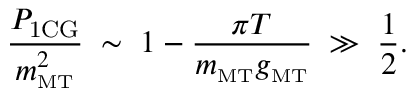
\frac { P _ { \mathrm { 1 C G } } } { m _ { \mathrm { \scriptscriptstyle { M T } } } ^ { 2 } } \; \sim \; 1 - \frac { \pi T } { m _ { \mathrm { \scriptscriptstyle { M T } } } g _ { \mathrm { \scriptscriptstyle { M T } } } } \; \gg \; \frac { 1 } { 2 } .